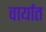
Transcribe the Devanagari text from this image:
वार्यात